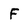
Character: F